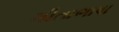
ગીતાભાષા